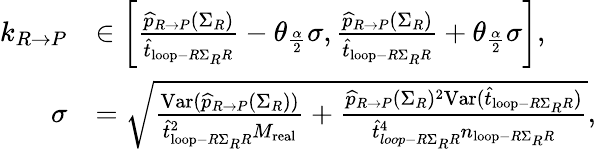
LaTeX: \begin{array}{rl}{k_{R\rightarrow P}}&{\in\left[\frac{\widehat{p}_{R\rightarrow P}(\Sigma_{R})}{\widehat{t}_{\mathrm{loop}-R\Sigma_{R}R}}-\theta_{\frac{\alpha}{2}}\sigma,\frac{\widehat{p}_{R\rightarrow P}(\Sigma_{R})}{\widehat{t}_{\mathrm{loop}-R\Sigma_{R}R}}+\theta_{\frac{\alpha}{2}}\sigma\right],}\\ {\sigma}&{=\sqrt{\frac{\mathrm{Var}(\widehat{p}_{R\rightarrow P}(\Sigma_{R}))}{\widehat{t}_{\mathrm{loop}-R\Sigma_{R}R}^{2}M_{\mathrm{real}}}+\frac{\widehat{p}_{R\rightarrow P}(\Sigma_{R})^{2}\mathrm{Var}(\widehat{t}_{\mathrm{loop}-R\Sigma_{R}R})}{\widehat{t}_{loop-R\Sigma_{R}R}^{4}n_{\mathrm{loop}-R\Sigma_{R}R}}},}\end{array}